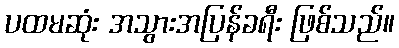
ပထမဆုံး အသွားအပြန်ခရီး ဖြစ်သည်။